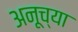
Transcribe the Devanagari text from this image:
अनूच्या